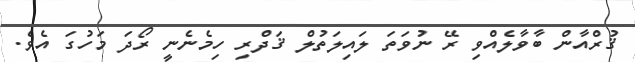
ޤުރްއާން ބާވާލެއްވި ރޭ ނުވަތަ ލައިލަތުލް ޤަދްރި ހިމެނެނީ ރޯދަ މަހުގަ އެވެ.